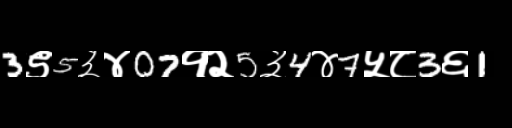
Text: 3९5३४07१२5३4४7५८3६1